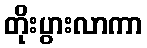
တိုးပွားလာကာ